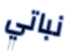
نباتي